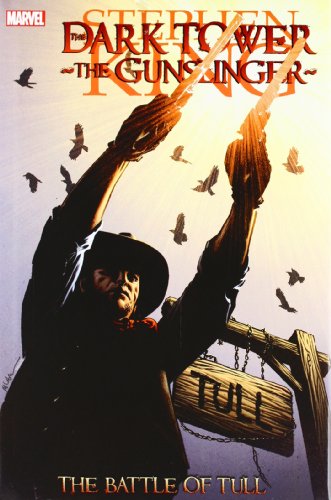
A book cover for Dark Tower: The Gunslinger- The Battle of Tull; Stephen King; Comics & Graphic Novels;